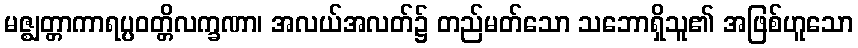
မဇ္ဈတ္တာကာရပ္ပဝတ္တိလက္ခဏာ၊ အလယ်အလတ်၌ တည်မတ်သော သဘောရှိသူ၏ အဖြစ်ဟူသော